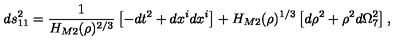
d s _ { 1 1 } ^ { 2 } = \frac { 1 } { H _ { M 2 } ( \rho ) ^ { 2 / 3 } } \left[ - d t ^ { 2 } + d x ^ { i } d x ^ { i } \right] + H _ { M 2 } ( \rho ) ^ { 1 / 3 } \left[ d \rho ^ { 2 } + \rho ^ { 2 } d \Omega _ { 7 } ^ { 2 } \right] ,